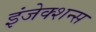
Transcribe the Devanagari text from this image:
इंजेक्शन्स